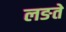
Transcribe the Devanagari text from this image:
लङते